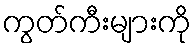
ကွတ်ကီးများကို